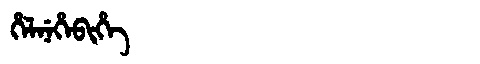
Manchu: ᡥᡝᠯᠨᡝᡥᡝᠪᡳᡥᡝ
Romanization: HELNEHEBIHE